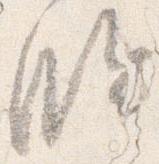
臨